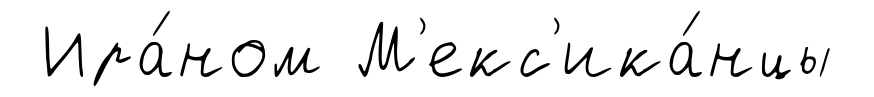
Ира́ном М'екс'ика́нцы